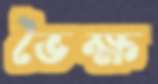
ভৈক্ষ